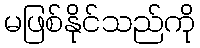
မဖြစ်နိုင်သည်ကို